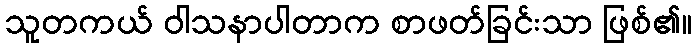
သူတကယ် ဝါသနာပါတာက စာဖတ်ခြင်းသာ ဖြစ်၏။